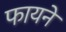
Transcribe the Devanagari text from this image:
फायने